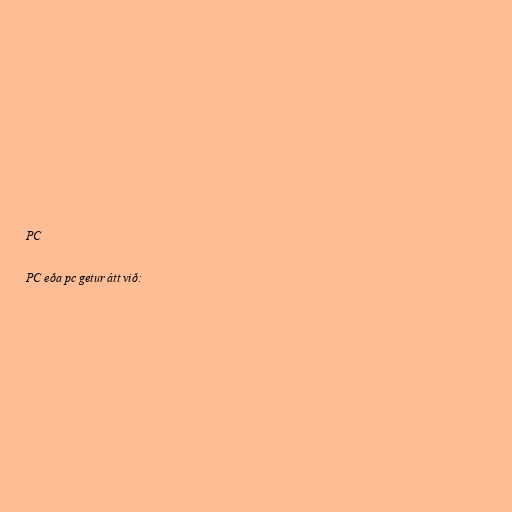
PC

PC eða pc getur átt við: